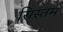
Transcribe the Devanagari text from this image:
सिस्तम